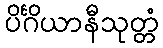
ပိင်္ဂိယာနီသုတ္တံ